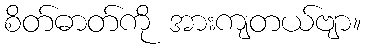
စိတ်ဓာတ်ကို အားကျတယ်ဗျာ။